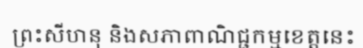
ព្រះសីហនុ និងសភាពាណិជ្ជកម្មខេត្តនេះ